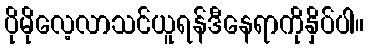
ပိုမိုလေ့လာသင်ယူရန်ဒီနေရာကိုနှိပ်ပါ။